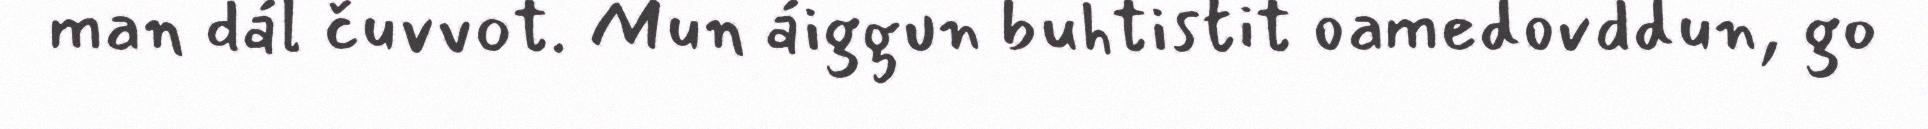
man dál čuvvot. Mun áiggun buhtistit oamedovddun, go